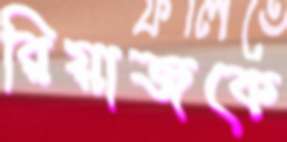
রিয়াজকে